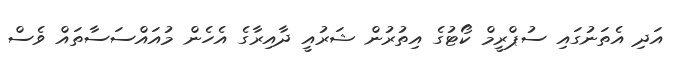
އަދި އެތަނުގައި ސުޕްރީމް ކޯޓުގެ އިތުރުން ޝަރުއީ ދާއިރާގެ އެހެން މުއައްސަސާތައް ވެސް